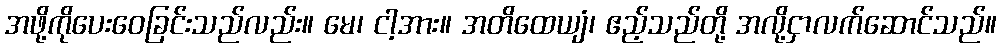
အဖို့ကိုပေးဝေခြင်းသည်လည်း။ မေ၊ ငါ့အား။ အတိထေယျံ၊ ဧည့်သည်တို့ အလို့ငှာလက်ဆောင်သည်။